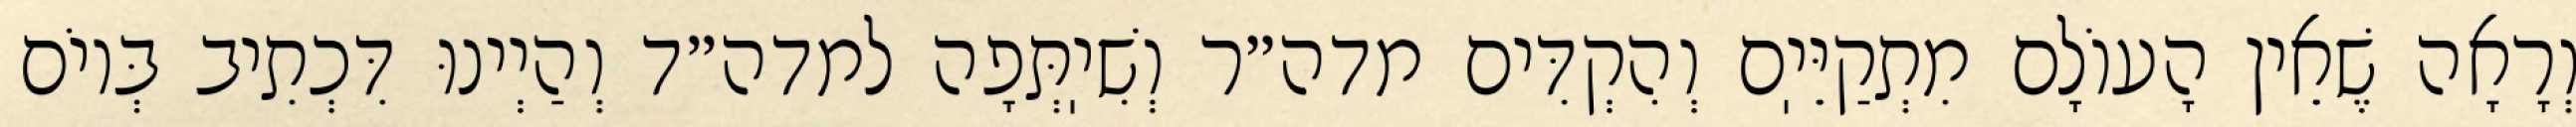
וְרָאָה שֶׁאֵין הָעוֹלָם מִתְקַיֵּיֽם וְהִקְדִּים מדה״ר וְשִׁיֽתְּפָה למדה״ד וְהַיְינוּ דִּכְתִיב בְּיוֹם